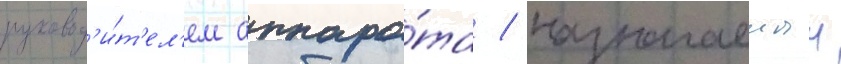
руковод'и́т'ел'ем аппара́та / назначаемыи